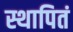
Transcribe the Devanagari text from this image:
स्थापितं